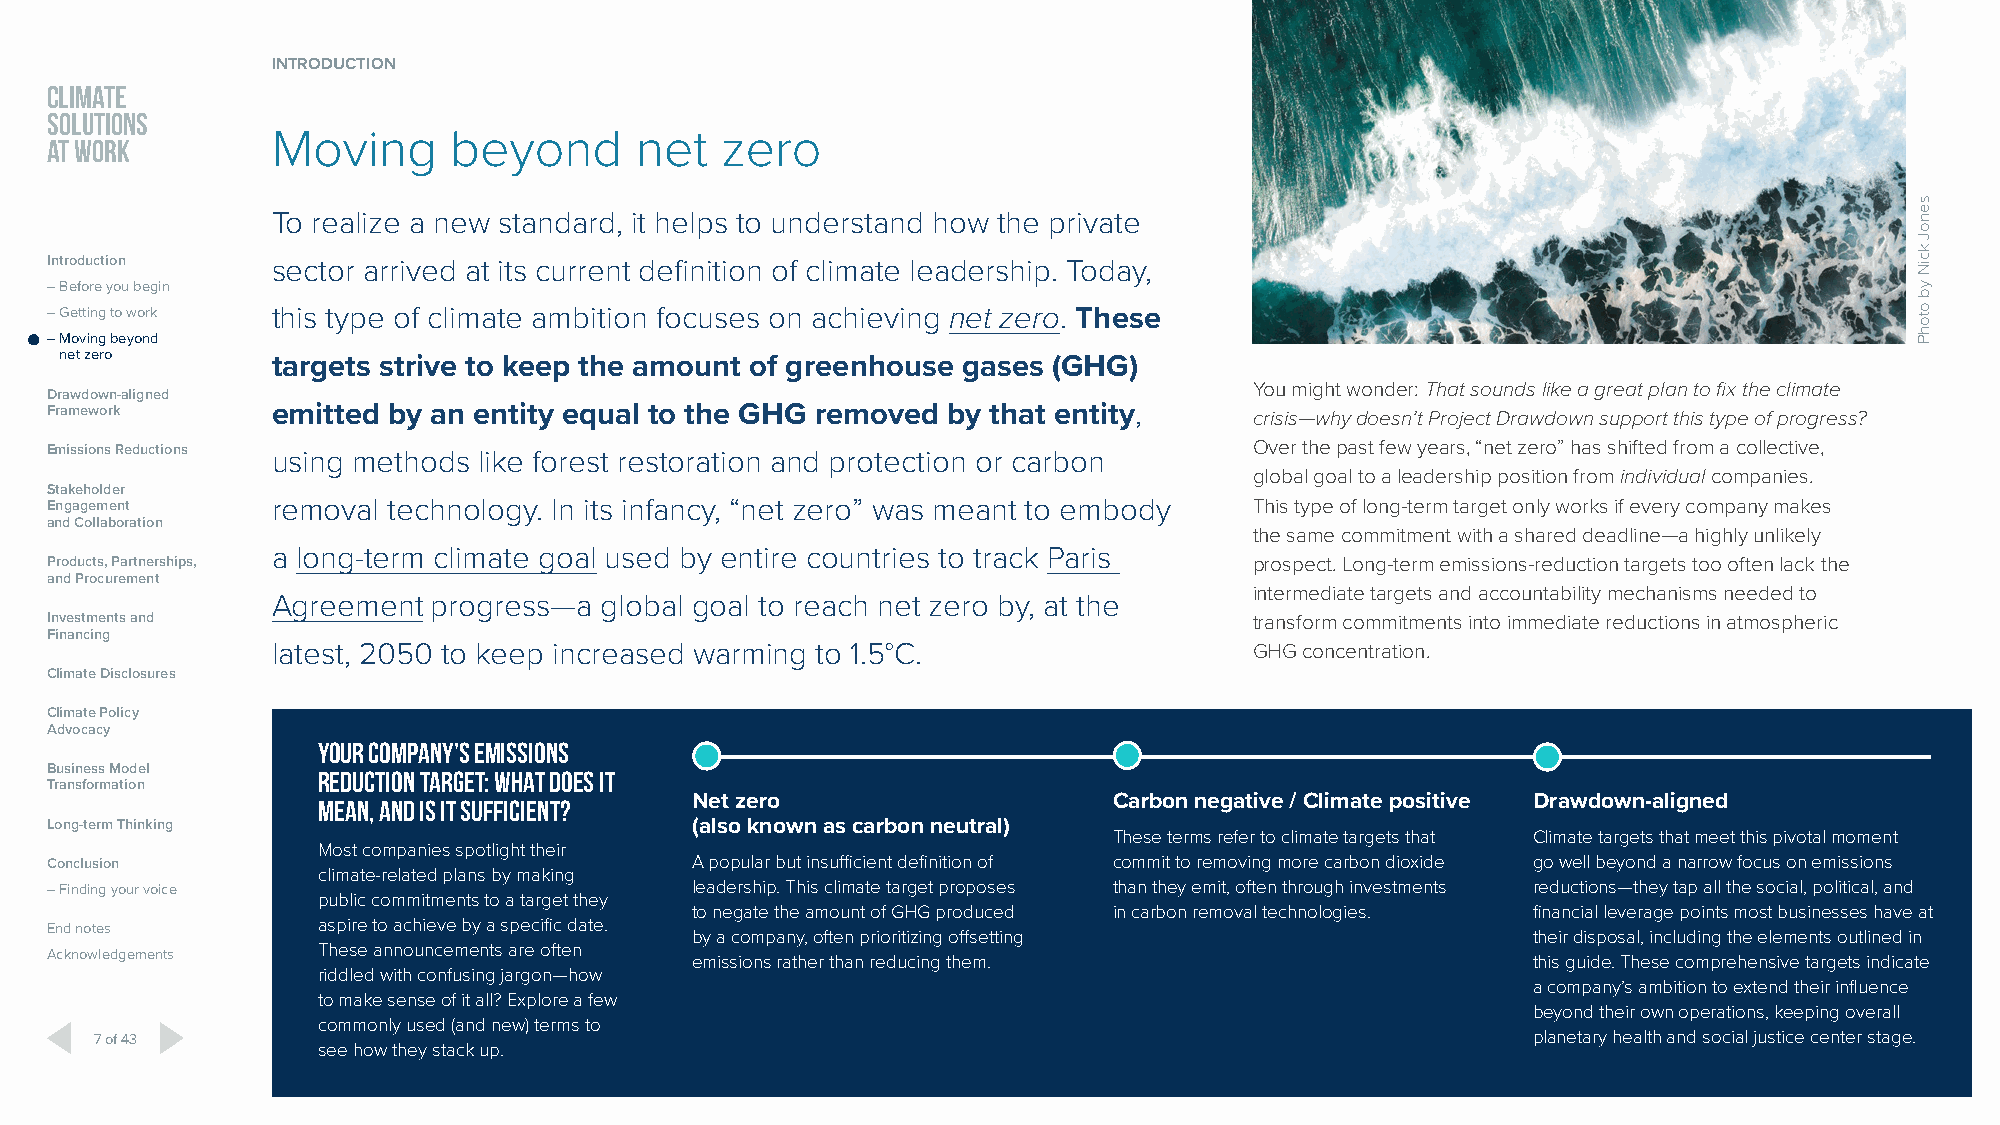
INTRODUCTION
 CLIMATE
 SOLUTIONS
 Moving      beyond      net   zero
 AT WORK
 To realize a new standard, it helps to understand how the private
 Introduction   sector arrived at its current definition of climate leadership. Today,
 – Before you begin
 – Getting to work this type of climate ambition focuses on achieving net zero. These
 – Moving beyond
 net zero
 targets strive to keep the amount of greenhouse gases (GHG)
 You might wonder: That sounds like a great plan to fix the climate
 Drawdown-aligned
 Framework      emitted by an entity equal to the GHG removed by that entity,    crisis—why doesn’t Project Drawdown support this type of progress?
 Emissions Reductions using methods like forest restoration and protection or carbon Over the past few years, “net zero” has shifted from a collective,
 global goal to a leadership position from individual companies.
 Stakeholder
 Engagement     removal technology. In its infancy, “net zero” was meant to embody This type of long-term target only works if every company makes
 and Collaboration
 the same commitment with a shared deadline—a highly unlikely
 a long-term climate goal used by entire countries to track Paris
 Products, Partnerships,                                                         prospect. Long-term emissions-reduction targets too often lack the
 and Procurement
 intermediate targets and accountability mechanisms needed to
 Agreement  progress—a global goal to reach net zero by, at the
 Investments and                                                                 transform commitments into immediate reductions in atmospheric
 Financing
 latest, 2050 to keep increased warming to 1.5°C.                 GHG concentration.
 Climate Disclosures
 Climate Policy
 Advocacy
 YOUR COMPANY’S EMISSIONS
 Business Model    REDUCTION TARGET: WHAT DOES IT
 Transformation
 MEAN, AND IS IT SUFFICIENT? Net zero                 Carbon negative / Climate positive Drawdown-aligned
 Long-term Thinking                         (also known as carbon neutral)
 These terms refer to climate targets that Climate targets that meet this pivotal moment
 Most companies spotlight their
 Conclusion                                 A popular but insufficient definition of commit to removing more carbon dioxide go well beyond a narrow focus on emissions
 climate-related plans by making
 – Finding your voice                       leadership. This climate target proposes than they emit, often through investments reductions—they tap all the social, political, and
 public commitments to a target they
 to negate the amount of GHG produced in carbon removal technologies. financial leverage points most businesses have at
 End notes         aspire to achieve by a specific date.
 by a company, often prioritizing offsetting            their disposal, including the elements outlined in
 These announcements are often
 Acknowledgements                           emissions rather than reducing them.                   this guide. These comprehensive targets indicate
 riddled with confusing jargon—how
 a company’s ambition to extend their influence
 to make sense of it all? Explore a few
 beyond their own operations, keeping overall
 commonly used (and new) terms to
 7 of 43                                                                                        planetary health and social justice center stage.
 see how they stack up.
 senoJ
 kciN
 yb
 otohP